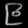
Digit: ၉